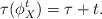
LaTeX: \begin{align*}\tau (\phi^t_X) = \tau + t .\end{align*}